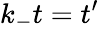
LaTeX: k_{-}t=t^{\prime}